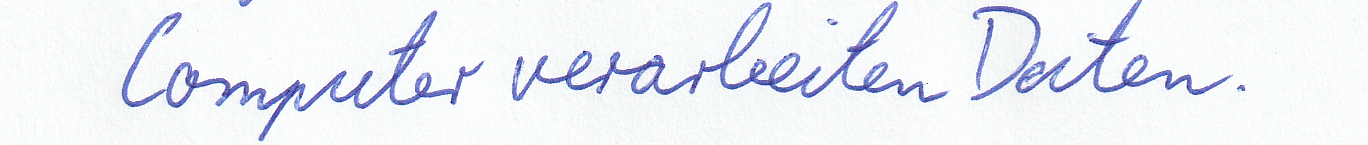
Computer verarbeiten Daten.